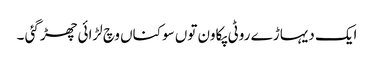
ایک دیہاڑ ے روٹی پکاون توں سوکناں وچ لڑائی چھڑ گئی ۔